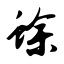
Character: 蜍